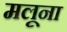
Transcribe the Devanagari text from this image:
मलूना